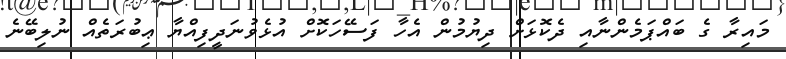
މައިރާ ގެ ބައްޕަމެންނާއި ދެކޮޅަށް ދިޔުމުން އެހާ ފަސޭހަކޮށް އުޅެވުނަދީފިއްޔާ ޢިބުރަތެއް ނުލިބޭނެ